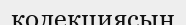
колекциясын